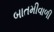
બાતમીવાળી